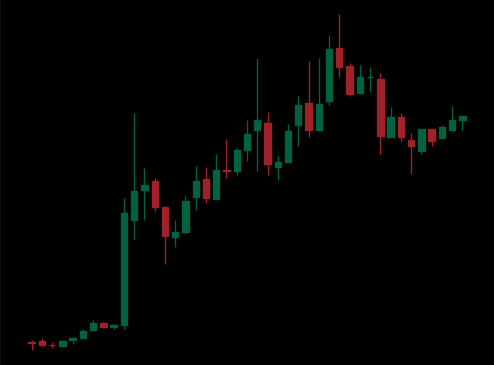
Pattern: bear_flag